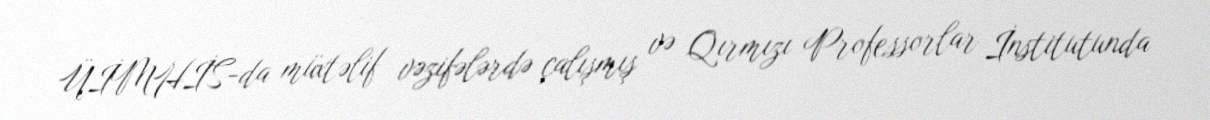
ÜİMHİS-da müxtəlif vəzifələrdə çalışmış və Qırmızı Professorlar İnstitutunda